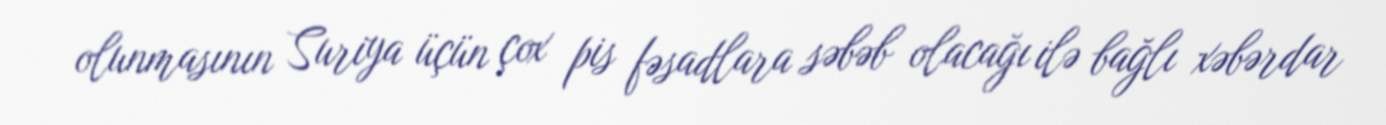
olunmasının Suriya üçün çox pis fəsadlara səbəb olacağı ilə bağlı xəbərdar